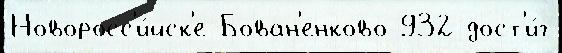
Новоросс'и́йск'е Бован'енково 932 дост'и́г